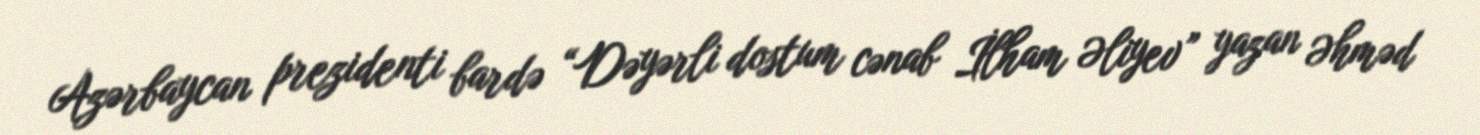
Azərbaycan prezidenti bardə “Dəyərli dostum cənab İlham Əliyev” yazan Əhməd